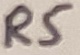
Text: R5